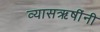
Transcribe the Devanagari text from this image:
व्यासऋषींनी